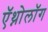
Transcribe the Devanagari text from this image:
ऍथ्नोलॉग